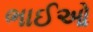
ભાઈઓ